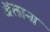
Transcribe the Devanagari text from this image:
ॲलाना